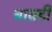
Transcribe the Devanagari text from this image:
बाव़डी